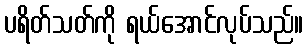
ပရိတ်သတ်ကို ရယ်အောင်လုပ်သည်။